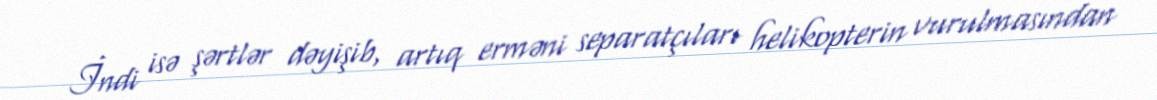
İndi isə şərtlər dəyişib, artıq erməni separatçıları helikopterin vurulmasından